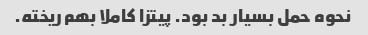
نحوه حمل بسیار بد بود. پیتزا کاملا بهم ریخته.